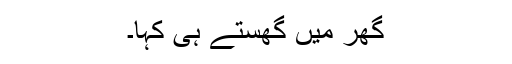
گھر میں گھستے ہی کہا۔